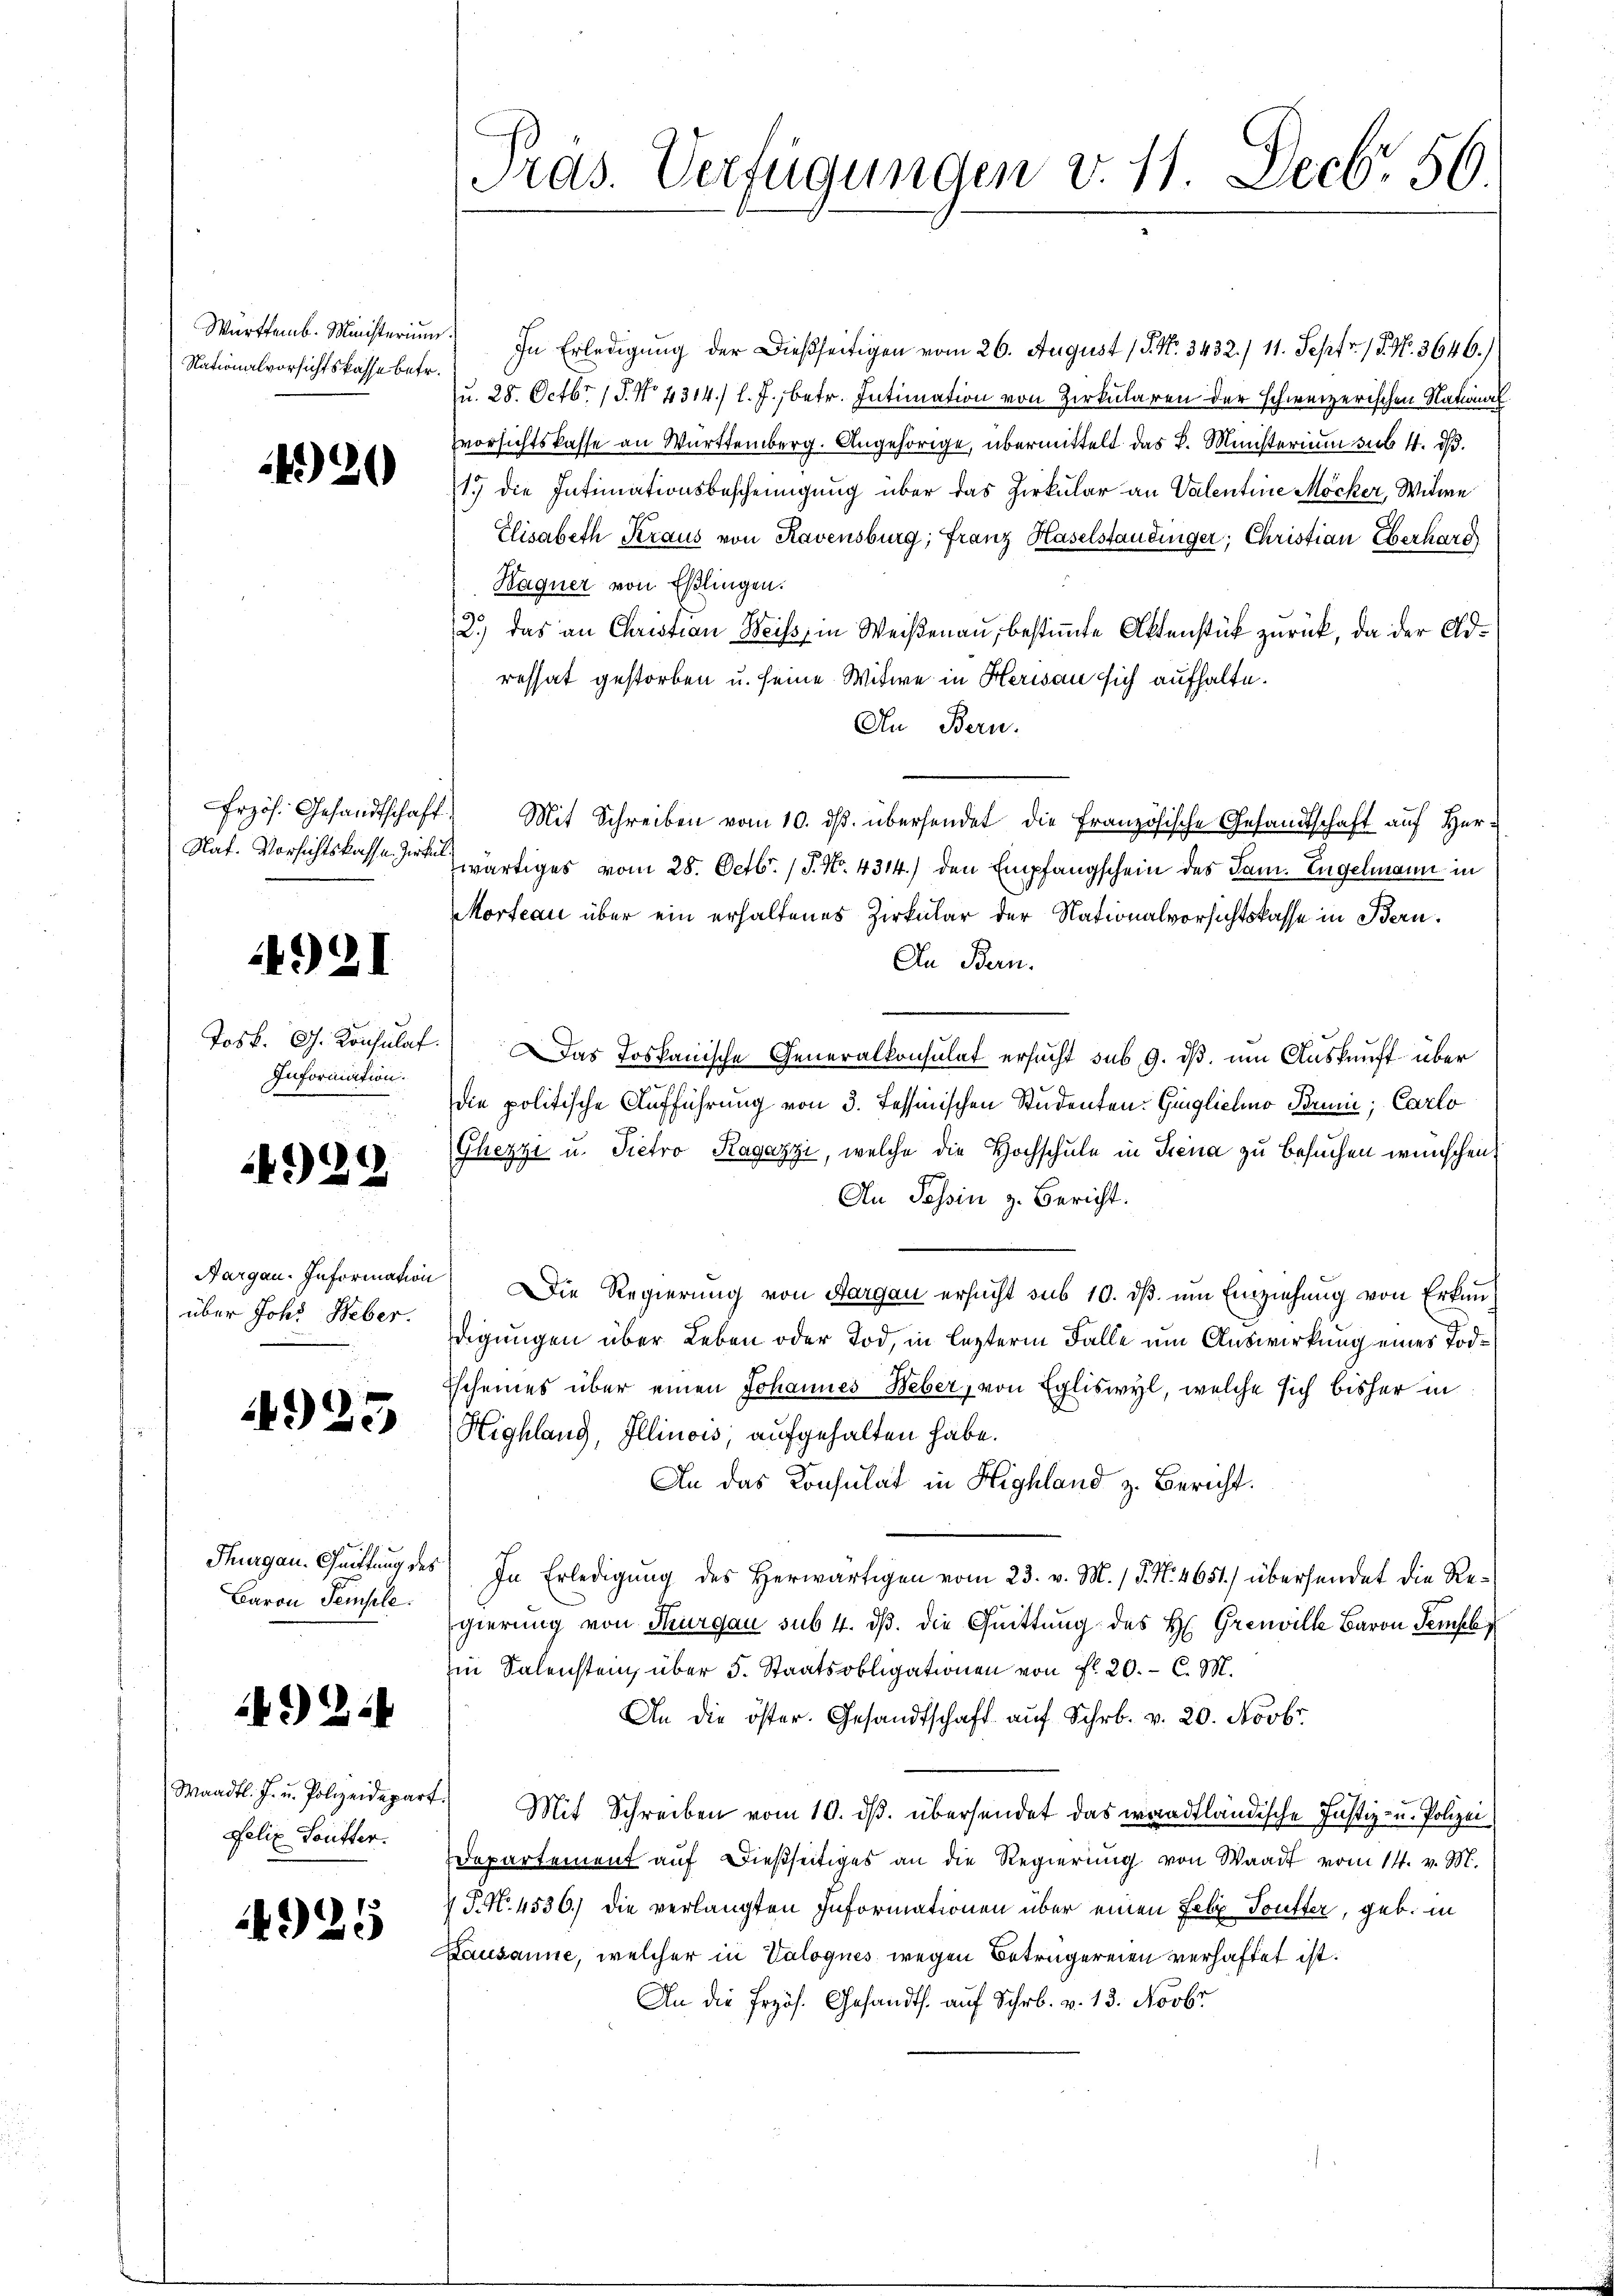
Nationalvorsichtskasse betr.

4920

Nat. Vorsichtskasse Zirkul.

4921

Information.

4929

Aargau. Information
über Joh. Heber.

4925

Baron Semple.

14. 214

Felix Toutter.

4925

Tras. Verfügungen v. 11. Decb. 56.

Württemb. Ministerium) In Erledigung der Dießseitigen vom 26. August 1 S. Nr. 3432./ 11. Sept. 15. No. 3646.)
Ju. 28. Octbr. 1. No. 4314/ l. J., betr. Intimation von Zirkularen der schweizerischen National
vorsichtskasse an Württemberg. Angehörige, übermittelt das k. Münsterium sub 4. ds.
1.) Die Intimationsbescheinigung über das Zirkular an Valentine Möcker, Witwe
Elisabeth Kraus von Ravensburg, Franz Haselstandinger, Christian Eberhard
Hagner von Eßlingen.
2.) das an Christian Weiss, in Weißenau, bestimmte Aktenstück zurück, da der Adressat gestorben u. seine Witwe in Herisau sich aufhalte.
An Bern.
frzös. Gesandtschaft. Mit Schreiben vom 10. dβ übersendet die französische Gesandtschaft aŭf her-
zwärtiges vom 28. Octbr. 17. No. 4314.) den Empfangschein des Jam. Engelmann in
Morteau über ein erhaltenes Zirkular der Nationalvorsichtskasse in Bern.
In Bern.
Josk. G. Konsulat. Das Loskanische Generalkonsulat ersucht sub 9. ds. um Auskunft über
die politische Aufführung von 3. Tessinischen Studenten: Ginglicher Brunn, Carlo
Ghezzi u. Pietro Ragazzi, welche die Hochschule in Jena zu besuchen wünschen,
An Tessin z. Bericht.
) Die Regierung von Aargau ersucht sub 10. dß um Einziehung von Erkundigungen über Leben oder Tod, in lezterm Falle um Auswirkung eines Tod¬
Escheines über einen Johannes Weber, von Egliswyl, welche sich bisher in
Highlang, Illinois, aufgehalten habe.
An das Konsulat in Highland z. Bericht.
Thurgau. Guittung des In Erledigŭng des herwärtigen vom 23. v. M. / P. N. 4651) übersendet die Regierung von Thurgau sub 4. ds. die Quittung des H. Greuville Baron Tempel
Ein Salenstein, über 5. Staatsobligationen von fl. 20. C. M.
An die öster. Gesandtschaft auf Schr. v. 20. Novbr.
Waadt. J. u. Polizeidepart. Mit Schreiben vom 10. dβ. übersendet das waadtländische Justiz- u. Polizei
departement auf dießseitiges an die Regierung von Waadt vom 14. v. M.
7 P. N. 4530) die verlangten Informationen über einen Felix Toutter, geb. in
Lausanne, welcher in Valogues wegen Betrügereien verhaftet ist.
An die frzös. Gesandts. auf Schr. v. 13. Novbr